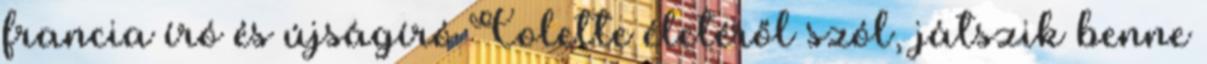
francia író és újságíró Colette életéről szól, játszik benne